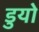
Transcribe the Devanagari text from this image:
डुयो